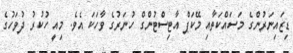
ޑިޒައިނަރުންގެ މަސައްކަތާއި މޭކަޕް އާޓިސްޓުންގް ހުނަރުގެ ވާހަކަ އެވެ. މިއީ ހުކުރު ދުވަހުގެ